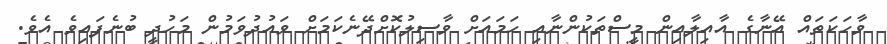
ވާހަކަތައް އޭނާގެ އާއިލާއިން މީސްތަކުންނާއި ހަމައަށް ވާސިލުކޮށްދޭނެކަމަށް ވައުދުވަމުން މަހުދީ ބުނެފައިވެ އެވެ.